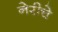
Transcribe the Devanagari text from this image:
नेरीचे